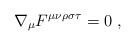
\begin{align*}\nabla_{\mu}F^{\mu\nu\rho\sigma\tau}=0 ~ ,\end{align*}